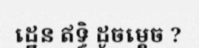
ដ្ឋេន ឥទ្ធិ ដូចម្តេច ?